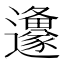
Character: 𮟦